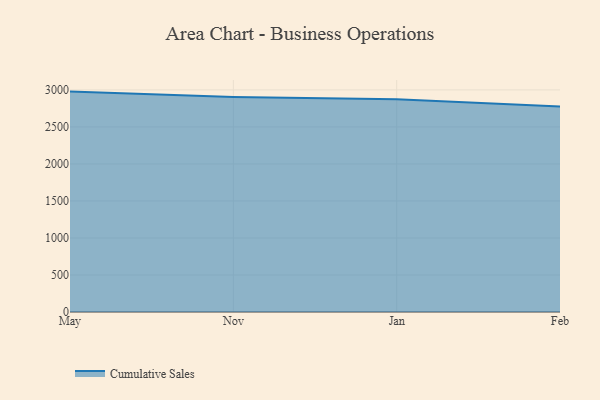
{"axis": {"x": "Month", "y": "Temperature (°C)"}, "legend": ["Cumulative Sales"], "data": [{"x": "May", "y": 2977.2, "type": "Cumulative Sales"}, {"x": "Nov", "y": 2904.3, "type": "Cumulative Sales"}, {"x": "Jan", "y": 2872.2, "type": "Cumulative Sales"}, {"x": "Feb", "y": 2777.4, "type": "Cumulative Sales"}]}